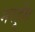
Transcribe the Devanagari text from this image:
मरहूँम